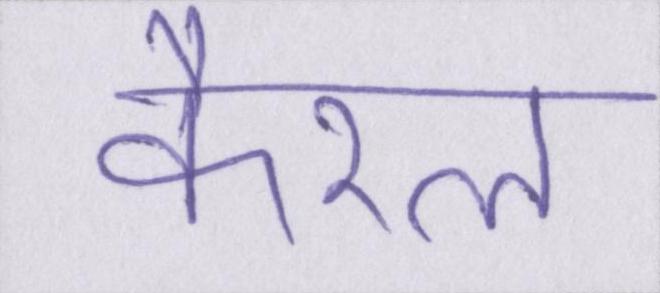
कैरल